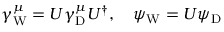
\gamma _ { \mathrm { { W } } } ^ { \mu } = U \gamma _ { \mathrm { { D } } } ^ { \mu } U ^ { \dagger } , \quad \psi _ { \mathrm { { W } } } = U \psi _ { \mathrm { { D } } }